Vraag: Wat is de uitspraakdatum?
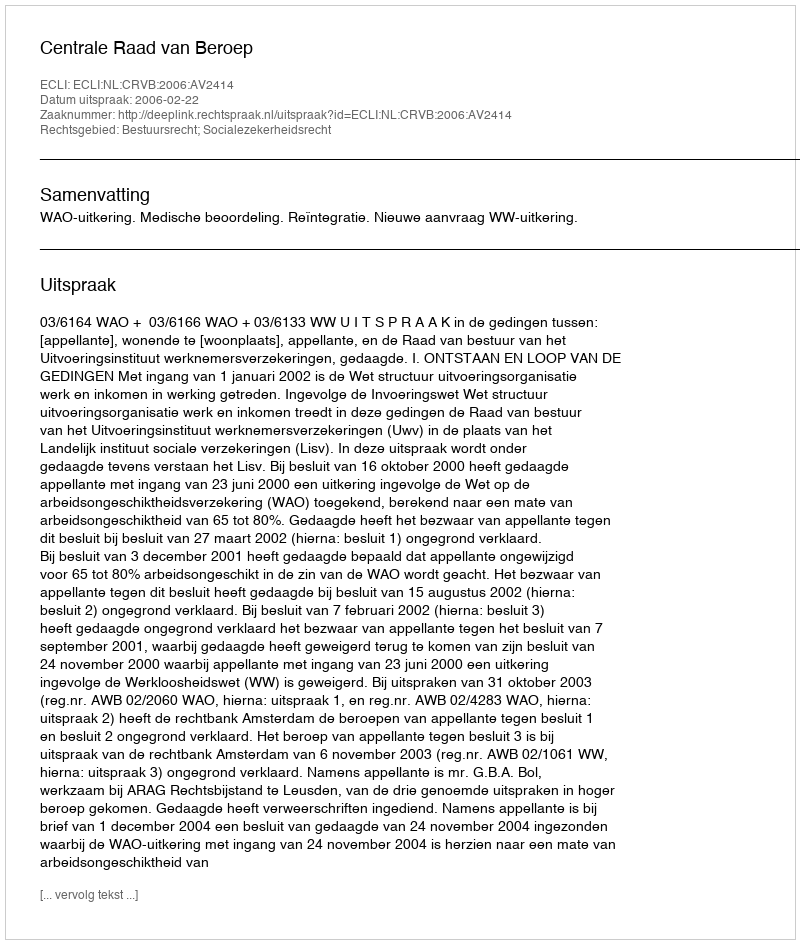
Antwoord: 2006-02-22